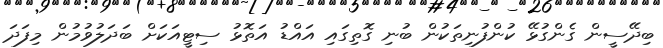
ބިދޭސީން ގެންގުޅޭ ކުންފުނިތަކުން ބުނި ގޮތިގައި އައްޑު އަތޮޅު ސިޓީއަކަށް ބަދަލުވުމުން މިފަދަ